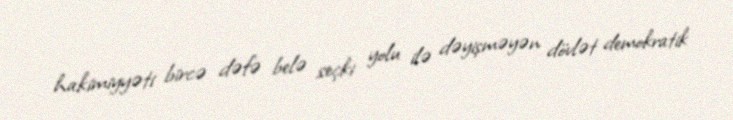
hakimiyyəti bircə dəfə belə seçki yolu ilə dəyişməyən dövlət demokratik